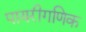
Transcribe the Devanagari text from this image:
पायरीगणिक